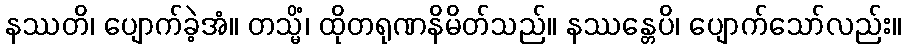
နဿတိ၊ ပျောက်ခဲ့အံ။ တသ္မိံ၊ ထိုတရုဏနိမိတ်သည်။ နဿန္တေပိ၊ ပျောက်သော်လည်း။